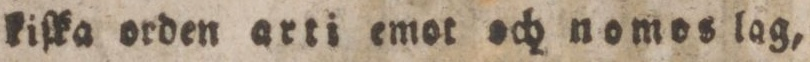
kiſka orden arti emot och nomos lag,